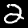
Digit: 2